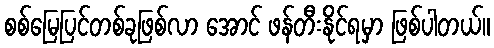
စစ်မြေပြင်တစ်ခုဖြစ်လာ အောင် ဖန်တီးနိုင်ရမှာ ဖြစ်ပါတယ်။